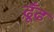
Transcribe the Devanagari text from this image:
ढ़ूँढ